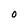
Character: O